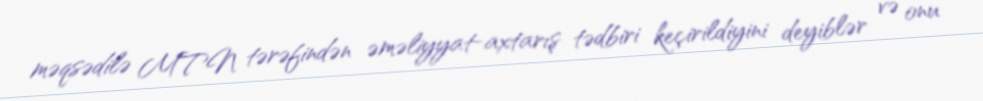
məqsədilə MTN tərəfindən əməliyyat-axtarış tədbiri keçirildiyini deyiblər və onu